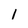
Character: 1